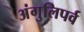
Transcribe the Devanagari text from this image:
अंगुलिपर्व